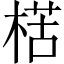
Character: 楛